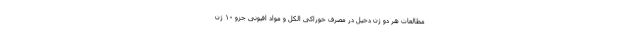
مطالعات هر دو ژن دخیل در مصرف خوراکی الکل و مواد افیونی جزو ۱۰ ژن